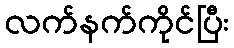
လက်နက်ကိုင်ပြီး